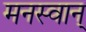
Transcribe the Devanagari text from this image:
मनस्वान्